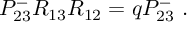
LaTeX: P _ { 2 3 } ^ { - } R _ { 1 3 } R _ { 1 2 } = q P _ { 2 3 } ^ { - } ~ .